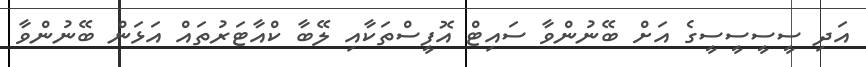
އަދި ސީސީސީސީގެ އަށް ބޭނުންވާ ސައިޓް އޮފީސްތަކާއި ލޭބާ ކްއާޓަރުތައް އަޅަން ބޭނުންވާ